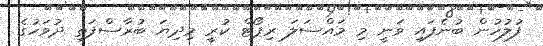
ފުލުހުން ބުނެފައި ވަނީ މި މައްސަލަ ރިޕޯޓް ކުރީ މިދިޔަ ބުރާސްފަތި ދުވަހުގެ